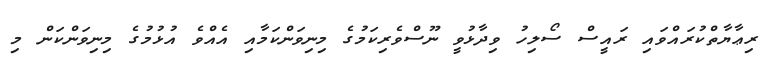
ރިޢާޔާތްކުރައްވައި ރައީސް ސޯލިހު ވިދާޅުވީ ނޫސްވެރިކަމުގެ މިނިވަންކަމާއި އެއްވެ އުޅުމުގެ މިނިވަންކަން މި